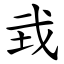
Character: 㦱